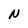
Character: N